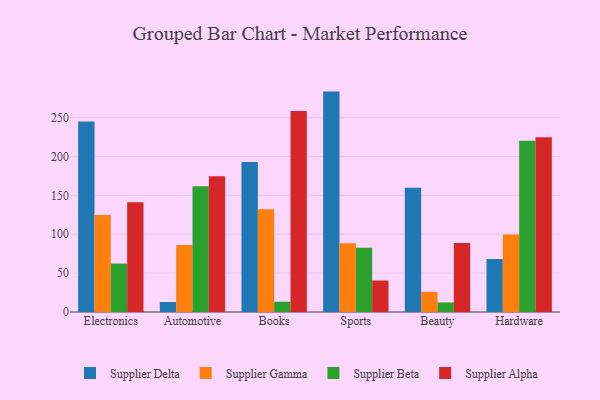
{"axis": {"x": "Category", "y": "Production Output"}, "legend": ["Supplier Alpha", "Supplier Beta", "Supplier Delta", "Supplier Gamma"], "data": [{"x": "Electronics", "y": 245.2, "type": "Supplier Delta"}, {"x": "Electronics", "y": 124.7, "type": "Supplier Gamma"}, {"x": "Electronics", "y": 62.3, "type": "Supplier Beta"}, {"x": "Electronics", "y": 141.2, "type": "Supplier Alpha"}, {"x": "Automotive", "y": 12.8, "type": "Supplier Delta"}, {"x": "Automotive", "y": 86.1, "type": "Supplier Gamma"}, {"x": "Automotive", "y": 161.8, "type": "Supplier Beta"}, {"x": "Automotive", "y": 174.7, "type": "Supplier Alpha"}, {"x": "Books", "y": 192.9, "type": "Supplier Delta"}, {"x": "Books", "y": 132.3, "type": "Supplier Gamma"}, {"x": "Books", "y": 13.2, "type": "Supplier Beta"}, {"x": "Books", "y": 258.4, "type": "Supplier Alpha"}, {"x": "Sports", "y": 283.5, "type": "Supplier Delta"}, {"x": "Sports", "y": 88.5, "type": "Supplier Gamma"}, {"x": "Sports", "y": 82.8, "type": "Supplier Beta"}, {"x": "Sports", "y": 40.5, "type": "Supplier Alpha"}, {"x": "Beauty", "y": 159.9, "type": "Supplier Delta"}, {"x": "Beauty", "y": 25.9, "type": "Supplier Gamma"}, {"x": "Beauty", "y": 12.3, "type": "Supplier Beta"}, {"x": "Beauty", "y": 88.7, "type": "Supplier Alpha"}, {"x": "Hardware", "y": 68.1, "type": "Supplier Delta"}, {"x": "Hardware", "y": 99.8, "type": "Supplier Gamma"}, {"x": "Hardware", "y": 220.3, "type": "Supplier Beta"}, {"x": "Hardware", "y": 224.8, "type": "Supplier Alpha"}]}